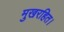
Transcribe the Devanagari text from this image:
मुखरहित।